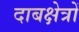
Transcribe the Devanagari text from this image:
दाबक्षेत्रों